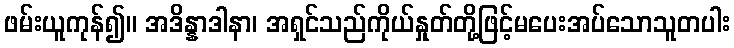
ဖမ်းယူကုန်၍။ အဒိန္နာဒါနာ၊ အရှင်သည်ကိုယ်နှုတ်တို့ဖြင့်မပေးအပ်သောသူတပါး